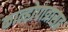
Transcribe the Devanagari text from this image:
कान्होपात्रासह